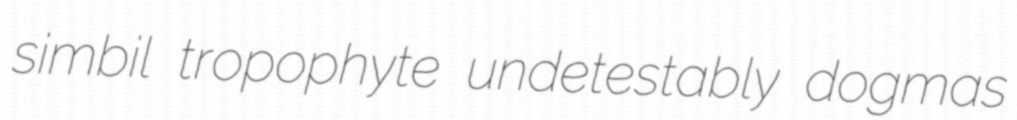
simbil tropophyte undetestably dogmas